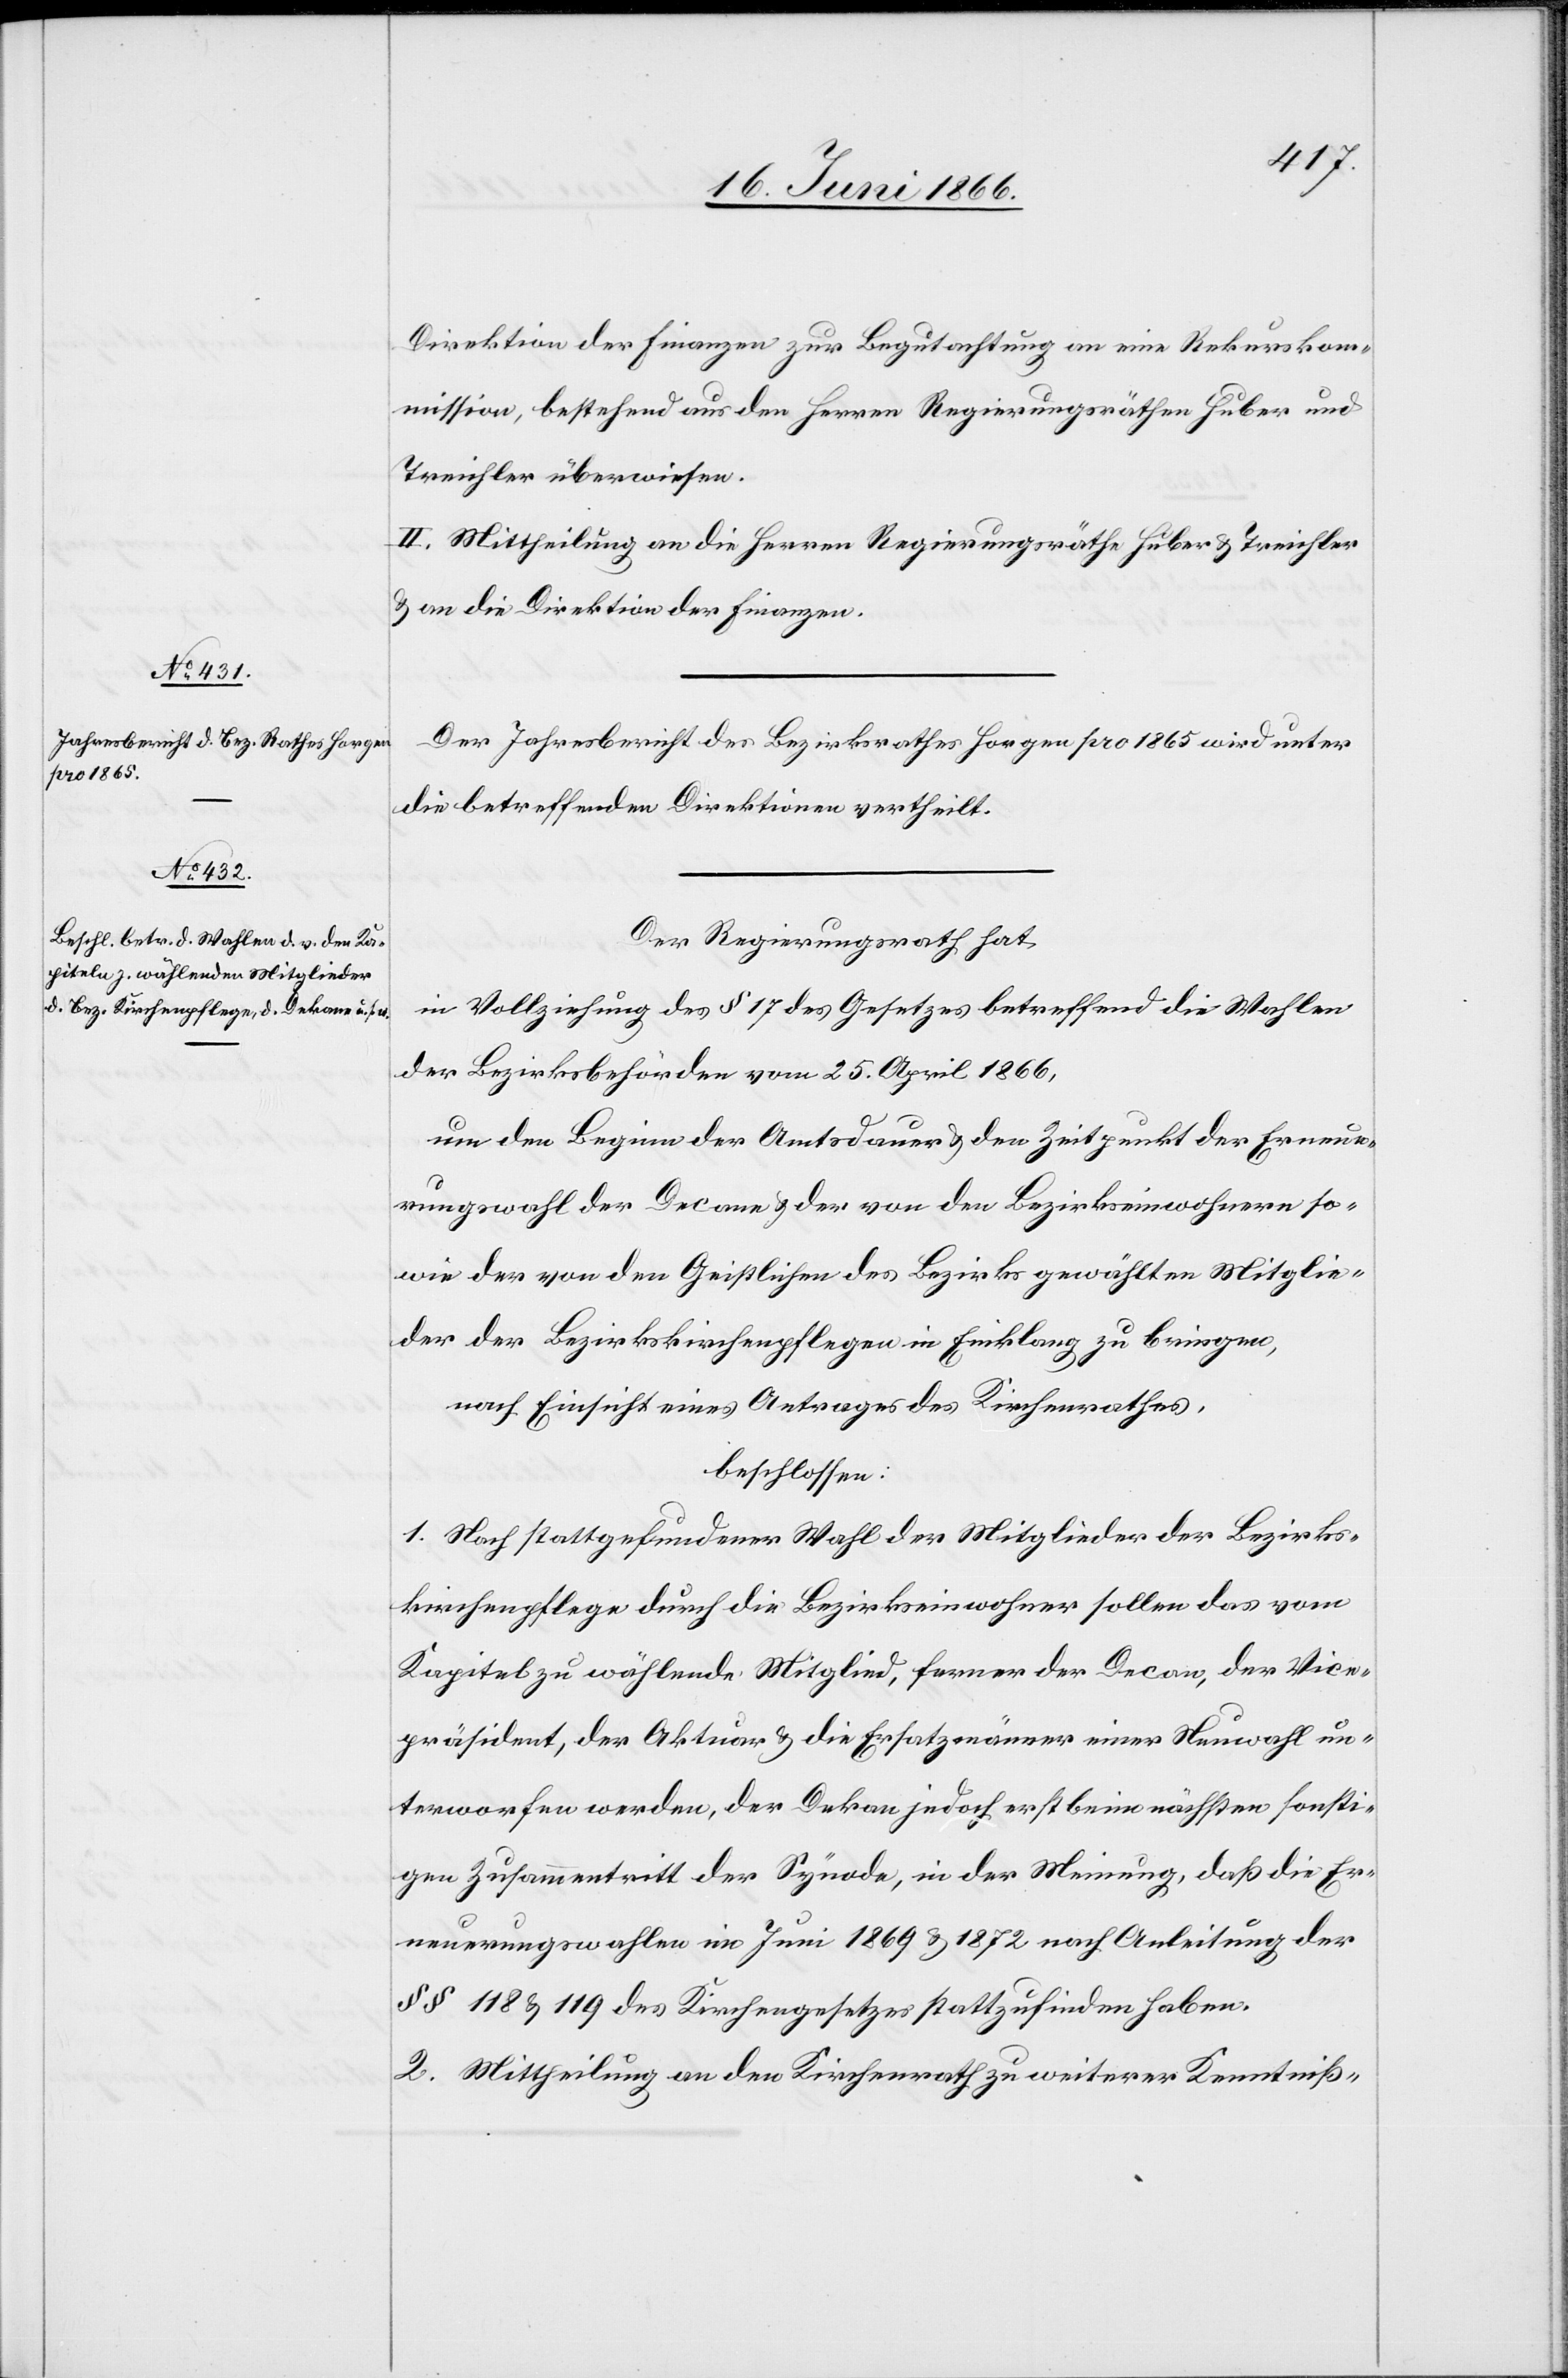
Direktion der Finanzen zur Begutachtung an eine Rekurskom¬
mission, bestehend aus den Herren Regierungsräthen Huber und
Treichler überwiesen.
II. Mittheilung an die Herren Regierungsräthe Huber u. Treichler
u. an die Direktion der Finanzen.
Der Jahresbericht des Bezirksrathes Horgen pro 1865 wird unter
die betreffenden Direktionen vertheilt.
Der Regierungsrath hat
in Vollziehung des § 17 des Gesetzes betreffend die Wahlen
der Bezirksbehörden vom 25. April 1866,
um den Beginn der Amtsdauer u. den Zeitpunkt der Erneue¬
rungswahl der Decane u. der von den Bezirkseinwohnern so¬
wie der von den Geistlichen des Bezirkes gewählten Mitglie¬
der der Bezirkskirchenpflege in Einklang zu bringen,
beschlossen:
1. Nach stattgefundener Wahl der Mitglieder der Bezirks¬
kirchenpflege durch die Bezirkseinwohner sollen das vom
Kapitel zu wählende Mitglied, ferner der Decan, der Vice¬
präsident, der Aktuar u. die Ersatzmänner einer Neuwahl un¬
terworfen werden, der Dekan jedoch erst beim nächsten sonsti¬
gen Zusammentritt der Synode, in der Meinung, daß die Er¬
neuerungswahlen im Juni 1869 u. 1872 nach Anleitung der
§ § 118 u. 119 des Kirchengesetzes stattzufinden haben.
2. Mittheilung an den Kirchenrath zu weiterer Kenntniß-